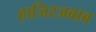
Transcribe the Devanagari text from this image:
हाजिरजबाब